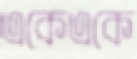
একেএকে